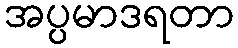
အပ္ပမာဒရတာ